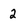
Character: 2